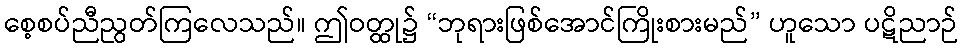
စေ့စပ်ညီညွတ်ကြလေသည်။ ဤဝတ္ထု၌ “ဘုရားဖြစ်အောင်ကြိုးစားမည်” ဟူသော ပဋိညာဉ်